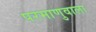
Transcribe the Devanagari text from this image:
परमाणुवाला